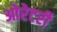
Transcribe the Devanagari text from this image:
ओरेटरी